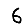
Digit: 6